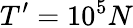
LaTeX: T^{\prime}=10^{5}N